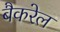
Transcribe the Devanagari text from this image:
बैकरेल